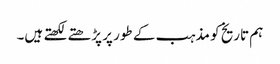
ہم تاریخ کو مذہب کے طور پر پڑھتے لکھتے ہیں۔